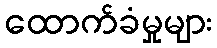
ထောက်ခံမှုများ